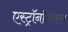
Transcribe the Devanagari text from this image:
एस्ट्रॉनॉमिकल